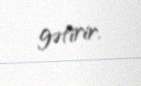
gətirir.